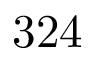
3 2 4